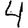
Digit: 4